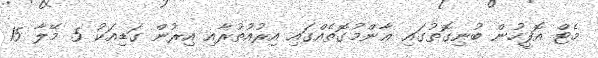
މެޓް އޮފީހުން ބުނިގޮތުގައި ޢާންމުގޮތެއްގައި އިރުއުތުރާއި އިރުން ގަަޑިއަކު 5 މޭލާ 15